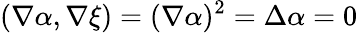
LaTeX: (\nabla\alpha,\nabla\xi)=(\nabla\alpha)^{2}=\Delta\alpha=0